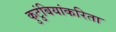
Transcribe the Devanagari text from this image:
कुटुंबियांकरिता